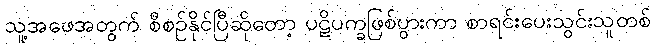
သူ့အဖေအတွက် စီစဉ်နိုင်ပြီဆိုတော့ ပဋိပက္ခဖြစ်ပွားကာ စာရင်းပေးသွင်းသူတစ်